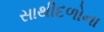
સાથીદળોના